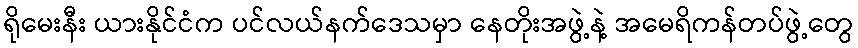
ရိုမေးနီး ယားနိုင်ငံက ပင်လယ်နက်ဒေသမှာ နေတိုးအဖွဲ့နဲ့ အမေရိကန်တပ်ဖွဲ့တွေ